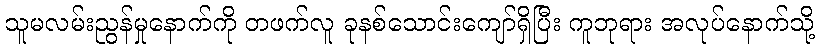
သူမလမ်းညွန်မှုနောက်ကို တဖက်လူ ခုနစ်သောင်းကျော်ရှိပြီး ကူဘုရား အလုပ်နောက်သို့